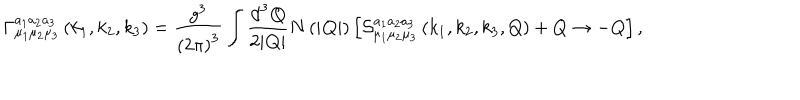
LaTeX: \Gamma _ { \mu _ { 1 } \mu _ { 2 } \mu _ { 3 } } ^ { a _ { 1 } a _ { 2 } a _ { 3 } } \left( k _ { 1 } , k _ { 2 } , k _ { 3 } \right) = \frac { g ^ { 3 } } { \left( 2 \pi \right) ^ { 3 } } \int \frac { \mathrm { d } ^ { 3 } { \bf Q } } { 2 | { \bf Q } | } N \left( | { \bf Q } | \right) \left[ { \cal S } _ { \mu _ { 1 } \mu _ { 2 } \mu _ { 3 } } ^ { a _ { 1 } a _ { 2 } a _ { 3 } } \left( k _ { 1 } , k _ { 2 } , k _ { 3 } , Q \right) + Q \rightarrow - Q \right] ,